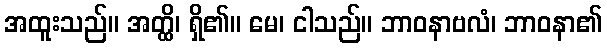
အထူးသည်။ အတ္ထိ၊ ရှိ၏။ မေ၊ ငါသည်။ ဘာဝနာဗလံ၊ ဘာဝနာ၏